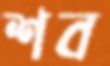
শব